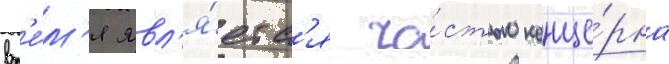
вр'е́м'я явл'я́етс'я ча́стью конце́рна